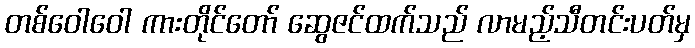
တစ်ဝေါဝေါ ကားတိုင်တော် ဆွေဇင်ထက်သည် လာမည့်သီတင်းပတ်မှ